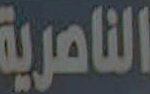
الناصرية